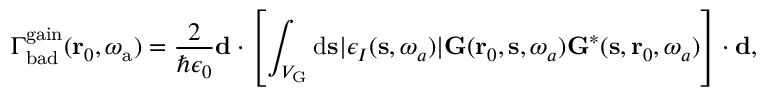
\Gamma _ { \mathrm { b a d } } ^ { \mathrm { g a i n } } ( \mathbf { r } _ { 0 } , \omega _ { \mathrm { a } } ) = \frac { 2 } { \hbar \epsilon _ { 0 } } \mathbf { d } \cdot \left[ \int _ { V _ { \mathrm { G } } } { \mathrm d } { \bf s } | \epsilon _ { I } ( \mathbf { s } , \omega _ { a } ) | \mathbf { G } ( \mathbf { r } _ { 0 } , \mathbf { s } , \omega _ { a } ) \mathbf { G } ^ { * } ( \mathbf { s } , \mathbf { r } _ { 0 } , \omega _ { a } ) \right] \cdot \mathbf { d } ,